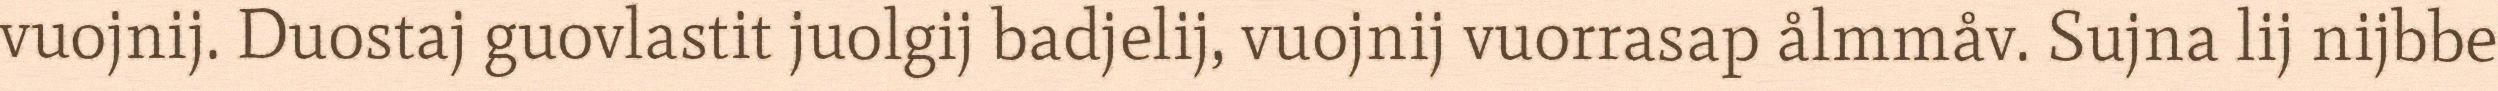
vuojnij. Duostaj guovlastit juolgij badjelij, vuojnij vuorrasap ålmmåv. Sujna lij nijbbe